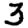
Digit: 3